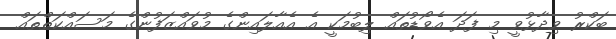
ބަކްރު ވިދާޅުވީ މި ފަދަ އެވޯޑުތައް ލިބުމަކީ އެ އެއާލައިންގެ މުވައްޒަފުންގެ މަސައްކަތްތައް